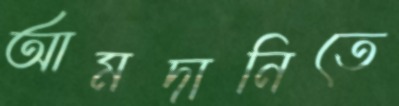
আমদানিতে